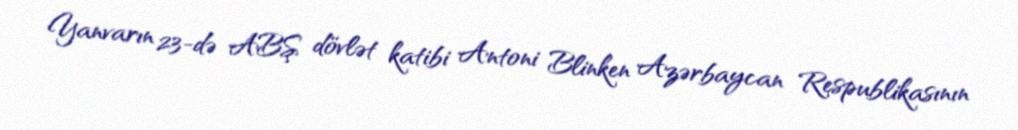
Yanvarın 23-də ABŞ dövlət katibi Antoni Blinken Azərbaycan Respublikasının